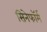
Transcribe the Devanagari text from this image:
सिनेफॉर्म